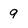
Character: 9